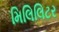
મિલિલિટર